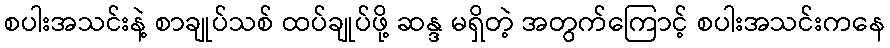
စပါးအသင်းနဲ့ စာချုပ်သစ် ထပ်ချုပ်ဖို့ ဆန္ဒ မရှိတဲ့ အတွက်ကြောင့် စပါးအသင်းကနေ